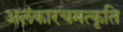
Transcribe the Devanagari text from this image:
अलंकारचमत्कृति